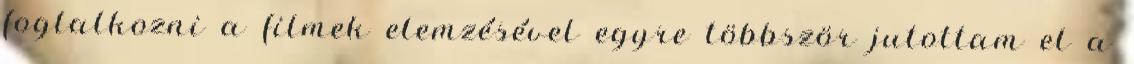
foglalkozni a filmek elemzésével egyre többször jutottam el a